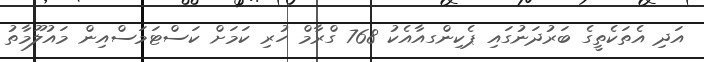
އަދި އެތަކެތީގެ ބަރުދަނުގައި ޕެކިންގއާއެކު 768 ގްރާމް ހުރި ކަމަށް ކަސްޓަމަސްއިން މައުލޫމާތު